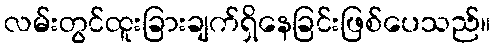
လမ်းတွင်ထူးခြားချက်ရှိနေခြင်းဖြစ်ပေသည်။